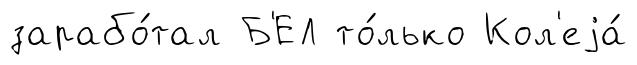
зарабо́тал Б'ЕЛ то́лько Кол'еjа́